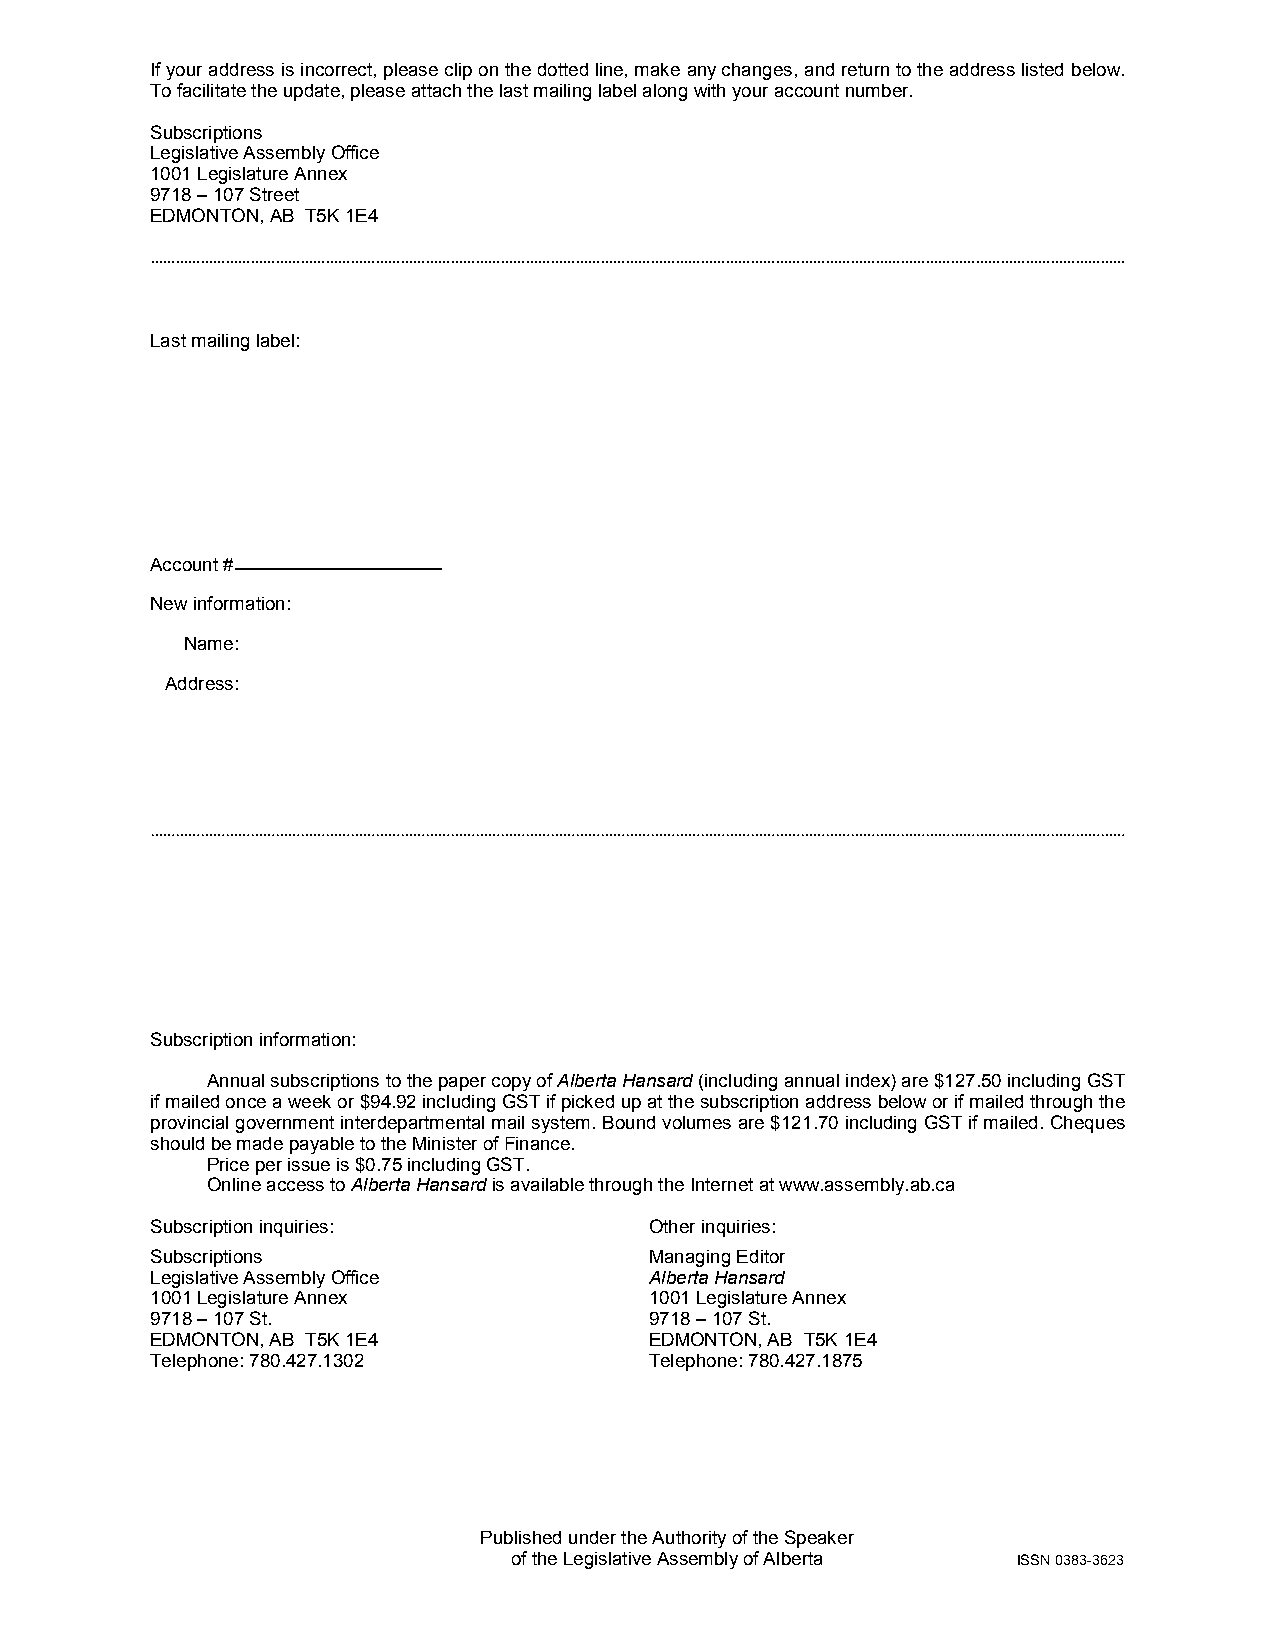
If your address is incorrect, please clip on the dotted line, make any changes, and return to the address listed below.
 To facilitate the update, please attach the last mailing label along with your account number.
 Subscriptions
 Legislative Assembly Office
 1001 Legislature Annex
 9718 – 107 Street
 EDMONTON, AB T5K 1E4
 Last mailing label:
 Account #
 New information:
 Name:
 Address:
 Subscription information:
 Annual subscriptions to the paper copy of Alberta Hansard (including annual index) are $127.50 including GST
 if mailed once a week or $94.92 including GST if picked up at the subscription address below or if mailed through the
 provincial government interdepartmental mail system. Bound volumes are $121.70 including GST if mailed. Cheques
 should be made payable to the Minister of Finance.
 Price per issue is $0.75 including GST.
 Online access to Alberta Hansard is available through the Internet at www.assembly.ab.ca
 Subscription inquiries:          Other inquiries:
 Subscriptions                    Managing Editor
 Legislative Assembly Office      Alberta Hansard
 1001 Legislature Annex           1001 Legislature Annex
 9718 – 107 St.                   9718 – 107 St.
 EDMONTON, AB T5K 1E4             EDMONTON, AB T5K 1E4
 Telephone: 780.427.1302          Telephone: 780.427.1875
 Published under the Authority of the Speaker
 of the Legislative Assembly of Alberta ISSN 0383-3623